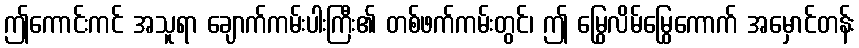
ဤကောင်းကင် အသူရာ ချောက်ကမ်းပါးကြီး၏ တစ်ဖက်ကမ်းတွင်၊ ဤ မြွေလိမ်မြွေကောက် အမှောင်တန်း